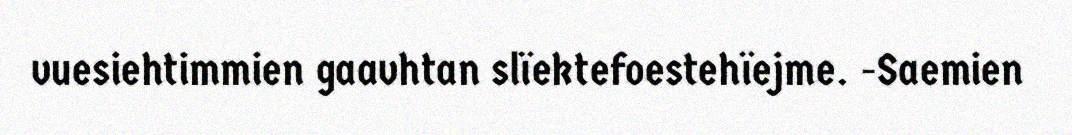
vuesiehtimmien gaavhtan slïektefoestehïejme. -Saemien